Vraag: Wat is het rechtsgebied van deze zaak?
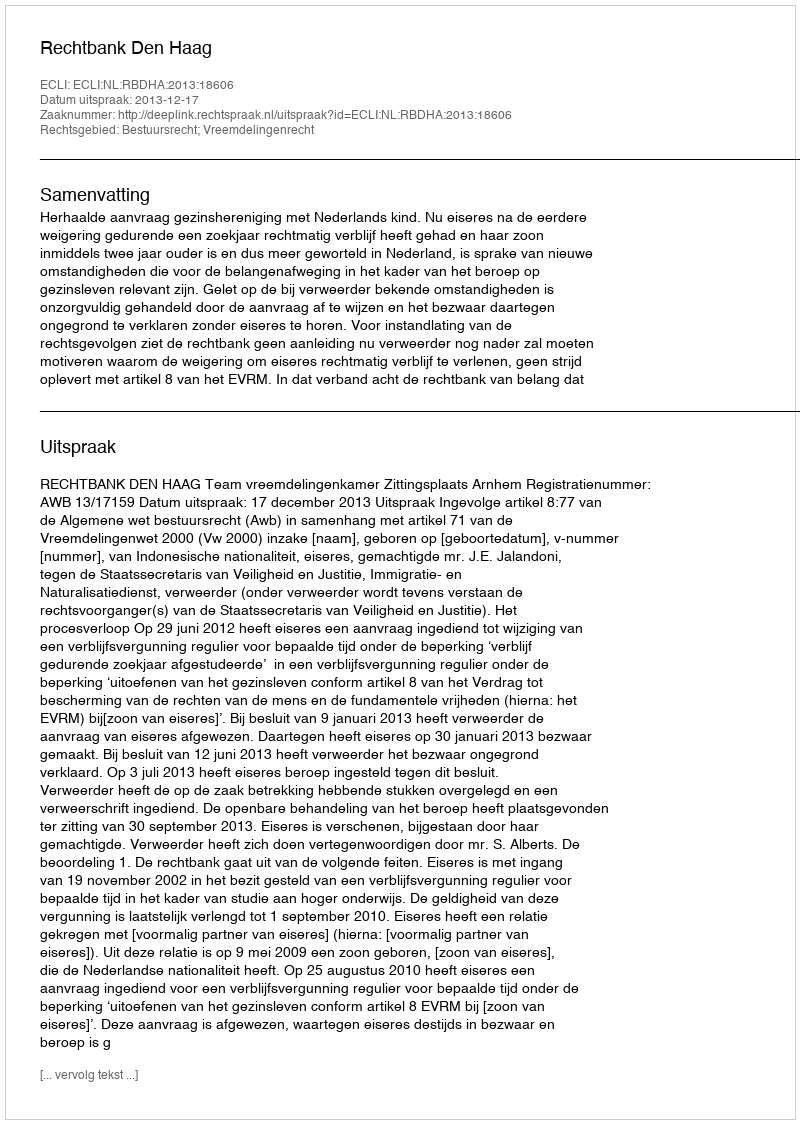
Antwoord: Bestuursrecht; Vreemdelingenrecht